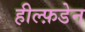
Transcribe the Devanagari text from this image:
हील्फ़डेन